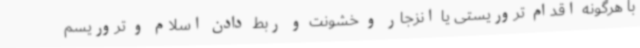
با هرگونه اقدام تروریستی یا انزجار و خشونت و ربط دادن اسلام و تروریسم